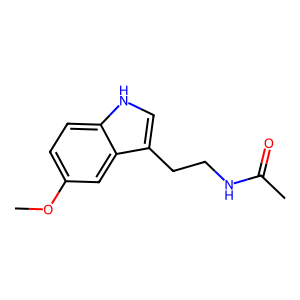
SMILES: COc1ccc2[nH]cc(CCNC(C)=O)c2c1
Inhibits HIV replication: No